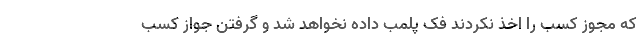
که مجوز کسب را اخذ نکردند فک پلمب داده نخواهد شد و گرفتن جواز کسب